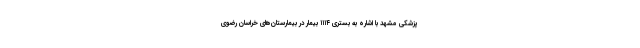
پزشکی مشهد با اشاره به بستری ۱۱۱۴ بیمار در بیمارستان‌های خراسان رضوی